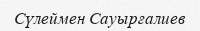
Сүлеймен Сауырғалиев